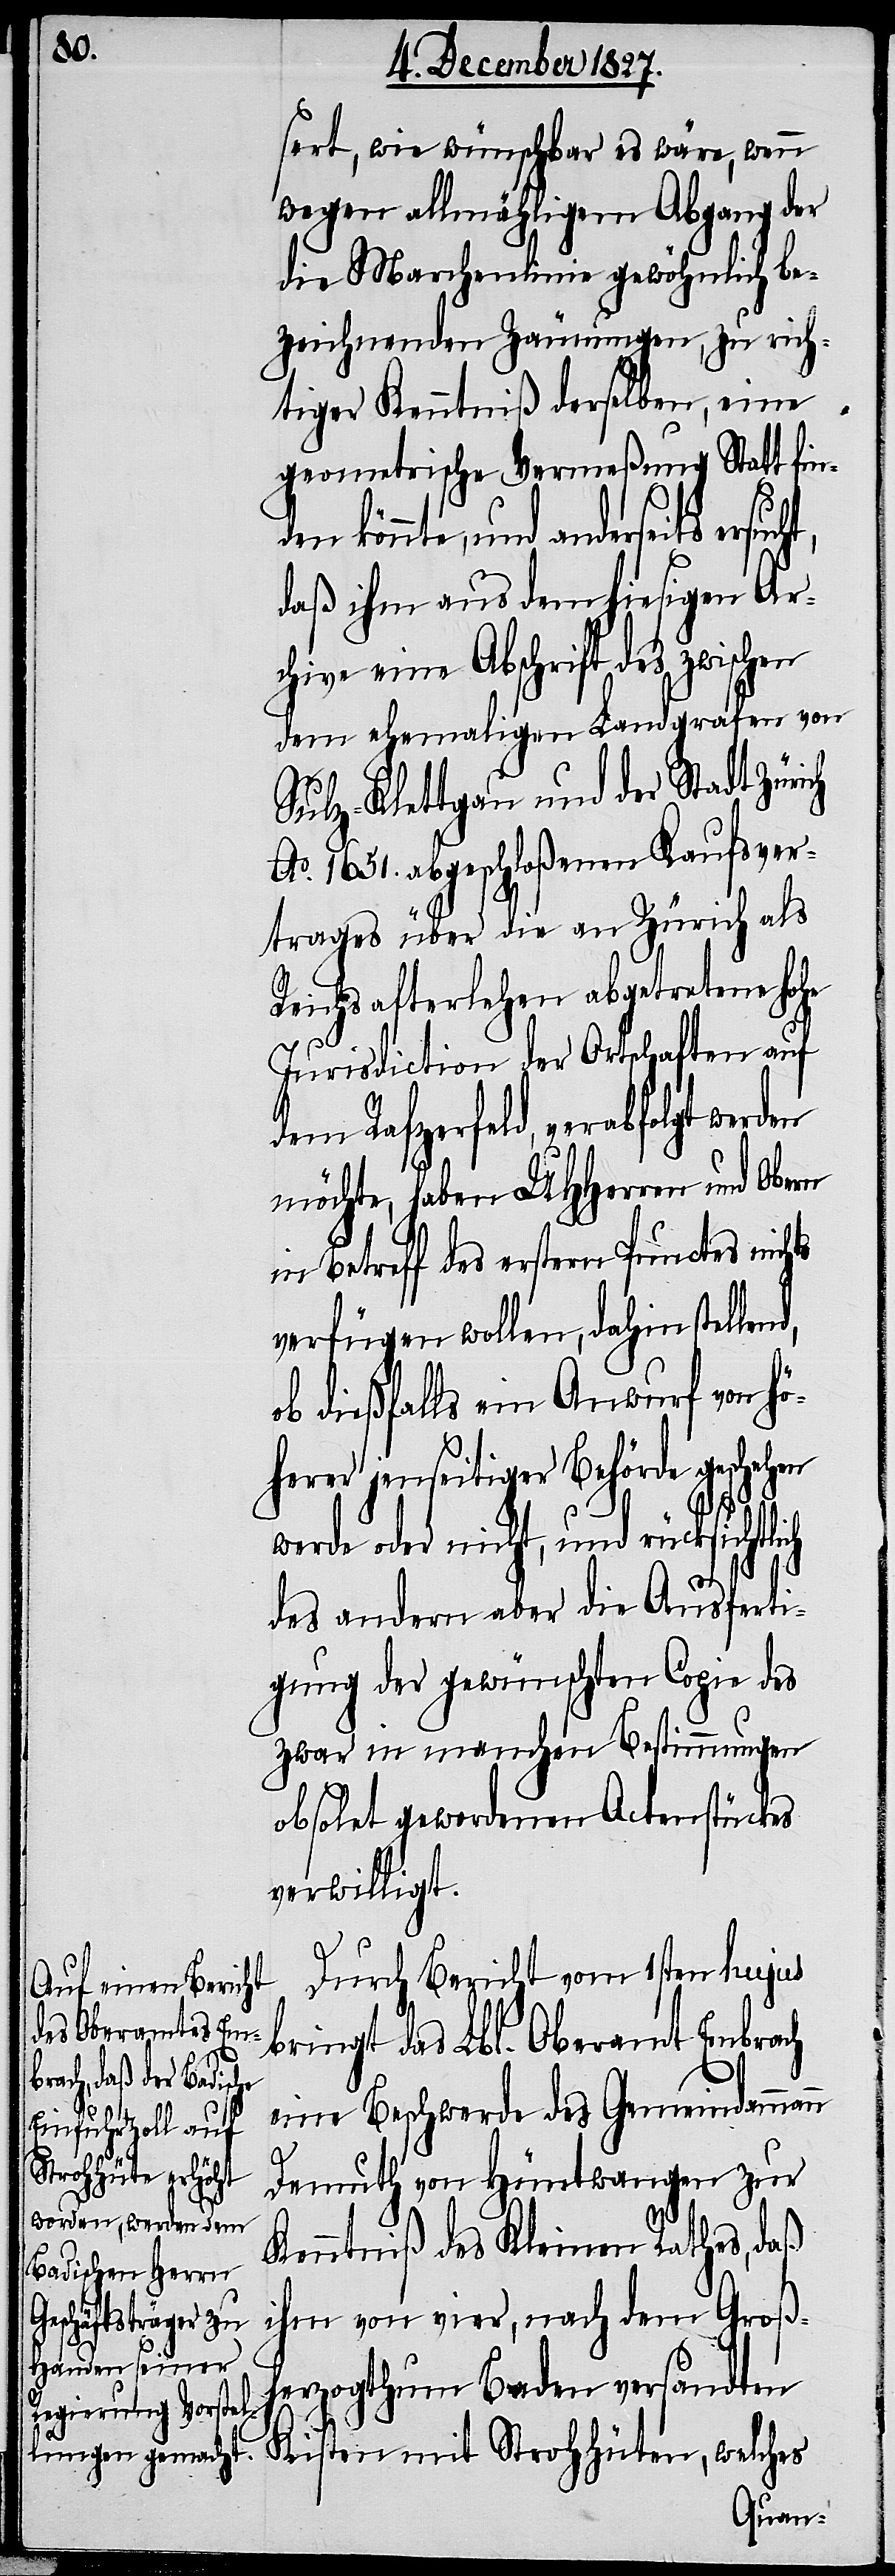
n

chtlich

sert, wie wünschbar es wäre, wenn
wegen allmähligem Abgang der
die Marchenlinie gewöhnlich be¬
zeichnenden Zäunungen, zu rich¬
tiger Kenntniß derselben, eine
geometrische Vermeßung Statt fin¬
den könnte, und anderseits
daß ihm aus dem hiesigen Ar¬
chive eine Abschrift des zwischen
dem ehemaligen Landgrafen von
Sulz-Klettgau und der Stadt Züri¬
Ao. 1651. abgeschloßenen Kaufsver¬
trages über die an Zürich als
Reichsafterlehen abgetretene hohe
Jurisdiction der Ortschaften auf
dem Rafzerfeld, verabfolgt werden
möchte, haben UHHerren und Obern
in Betreff des ersten Punctes nichts
verfügen wollen, dahin stellend,
ob dießfalls ein Anwurf von hö¬
herer jenseitiger Behörde geschehen
werde oder nicht, und rücksi¬
des andern aber die Ausferti¬
gung der gewünschten Copie des
zwar in manchen Bestimmungen
obsolet gewordenen Actenstückes
verwilligt.
Durch Bericht vom 1sten hujus
bringt das Lbl. Oberamt Embrach
eine Beschwerde des Gemeindamman¬
Demuth von Hüntwangen zur
Kenntniß des Kleinen Rathes, daß
ihm von vier, nach dem Groß¬
herzogthum Baden versandten
Kisten mit Strohhüten, welches